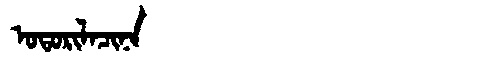
Manchu: ᠣᡨᠣᡵᡳᠯᠠᠴᡳᠨᠠ
Romanization: OTORILACINA